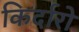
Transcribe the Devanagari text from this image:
किर्दारो